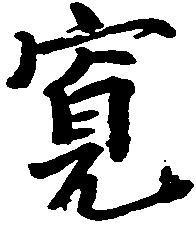
寛